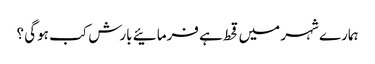
ہمارے شہر میں قحط ہے فرمائیے بارش کب ہوگی ؟